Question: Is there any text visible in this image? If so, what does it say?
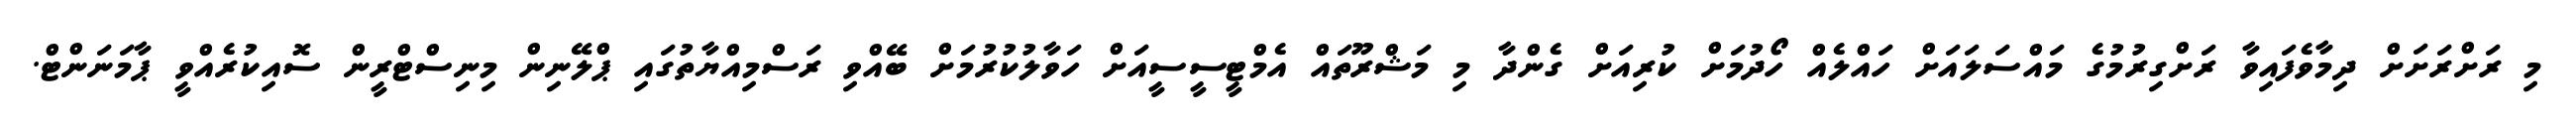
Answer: މި ރަށްރަށަށް ދިމާވެފައިވާ ރަށްގިރުމުގެ މައްސަލައަށް ހައްލެއް ހޯދުމަށް ކުރިއަށް ގެންދާ މި މަޝްރޫތައް އެމްޓީސީސީއަށް ހަވާލުކުރުމަށް ބޭއްވި ރަސްމިއްޔާތުގައި ޕްލޭނިން މިނިސްޓްރީން ސޮއިކުރެއްވީ ޕާމަނަންޓް.